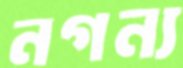
নগন্য